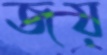
জয়